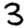
Digit: 3